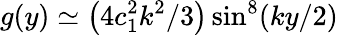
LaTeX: g(y)\simeq\left(4c_{1}^{2}k^{2}/3\right)\sin^{8}(ky/2)